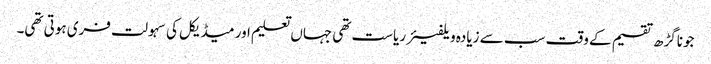
جوناگڑھ تقسیم کے وقت سب سے زیادہ ویلفیئر ریاست تھی جہاں تعلیم اور میڈیکل کی سہولت فری ہوتی تھی۔